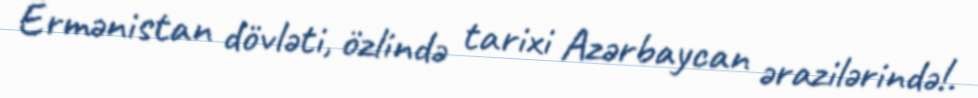
Ermənistan dövləti, özlində tarixi Azərbaycan ərazilərində!.